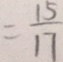
= \frac { 1 5 } { 1 7 }